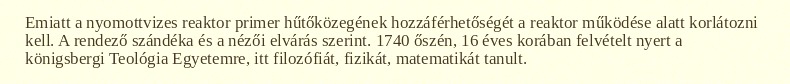
Emiatt a nyomottvizes reaktor primer hűtőközegének hozzáférhetőségét a reaktor működése alatt korlátozni kell. A rendező szándéka és a nézői elvárás szerint. 1740 őszén, 16 éves korában felvételt nyert a königsbergi Teológia Egyetemre, itt filozófiát, fizikát, matematikát tanult.